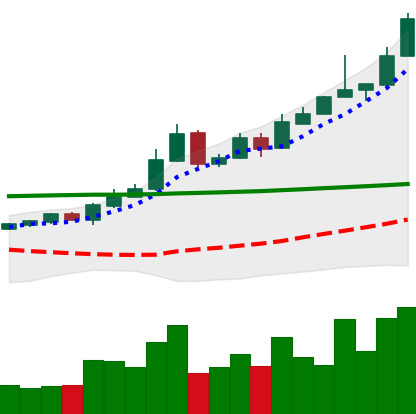
Ticker: BTC-USD
Chart end date: 2015-10-28
Forward return: 18.571%
Label: up_7plus